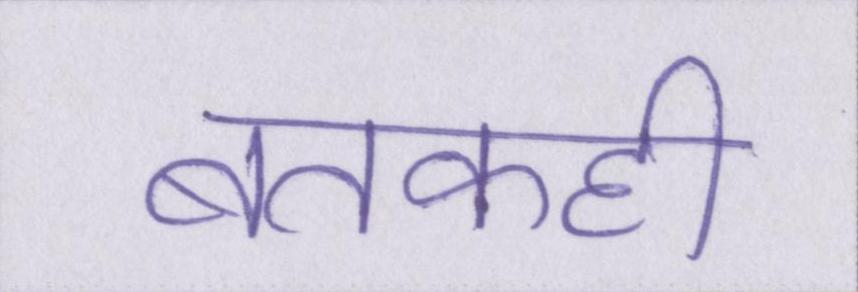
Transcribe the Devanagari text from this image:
बतकही